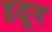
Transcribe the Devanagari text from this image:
हयूग